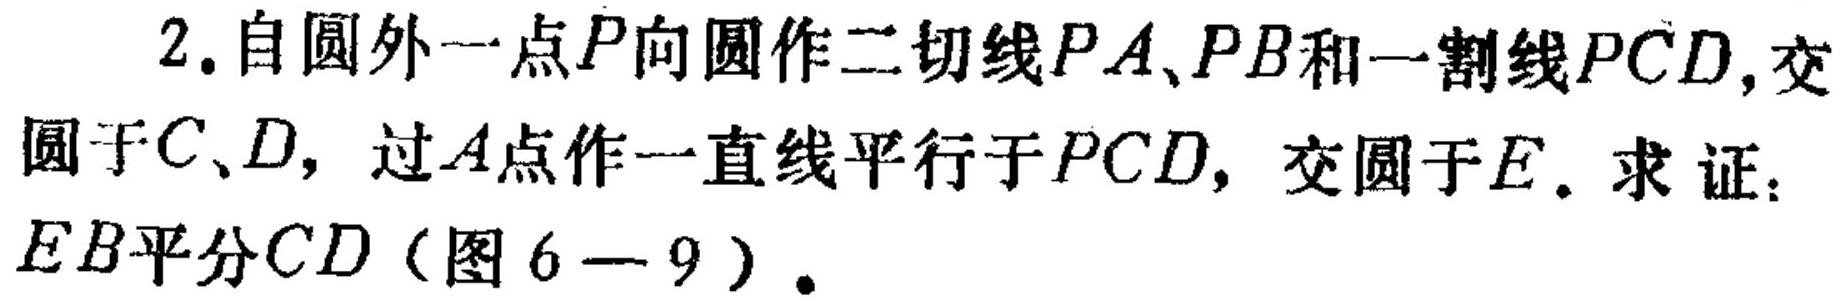
2. 自圆外一点\(P\)向圆作二切线\(PA、PB\)和一割线\(PCD\)，交
圆于\(C、D\)，过\(A\)点作一直线平行于\(PCD\)，交圆于\(E\). 求证：
\(EB\)平分\(CD\)（图6 — 9）.